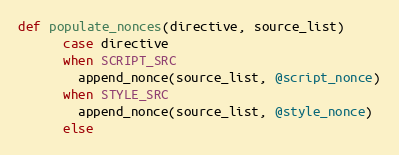
Language: Ruby
def populate_nonces(directive, source_list)
      case directive
      when SCRIPT_SRC
        append_nonce(source_list, @script_nonce)
      when STYLE_SRC
        append_nonce(source_list, @style_nonce)
      else